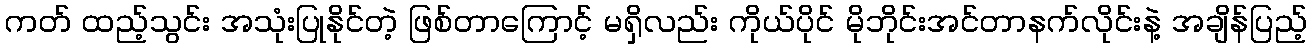
ကတ် ထည့်သွင်း အသုံးပြုနိုင်တဲ့ ဖြစ်တာကြောင့် မရှိလည်း ကိုယ်ပိုင် မိုဘိုင်းအင်တာနက်လိုင်းနဲ့ အချိန်ပြည့်